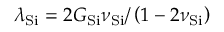
\lambda _ { \mathrm { S i } } = 2 G _ { \mathrm { S i } } \nu _ { \mathrm { S i } } / \left( 1 - 2 \nu _ { \mathrm { S i } } \right)